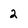
Character: 2